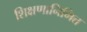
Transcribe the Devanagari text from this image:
शिक्षणानिमित्त